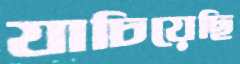
যাচিয়েছি